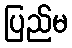
ပြည်မ